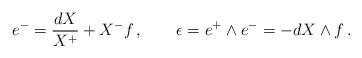
LaTeX: \begin{align*}e^-=\frac{dX}{X^+} +X^-f \,,\qquad\epsilon =e^+\wedge e^-=-dX\wedge f \,.\end{align*}